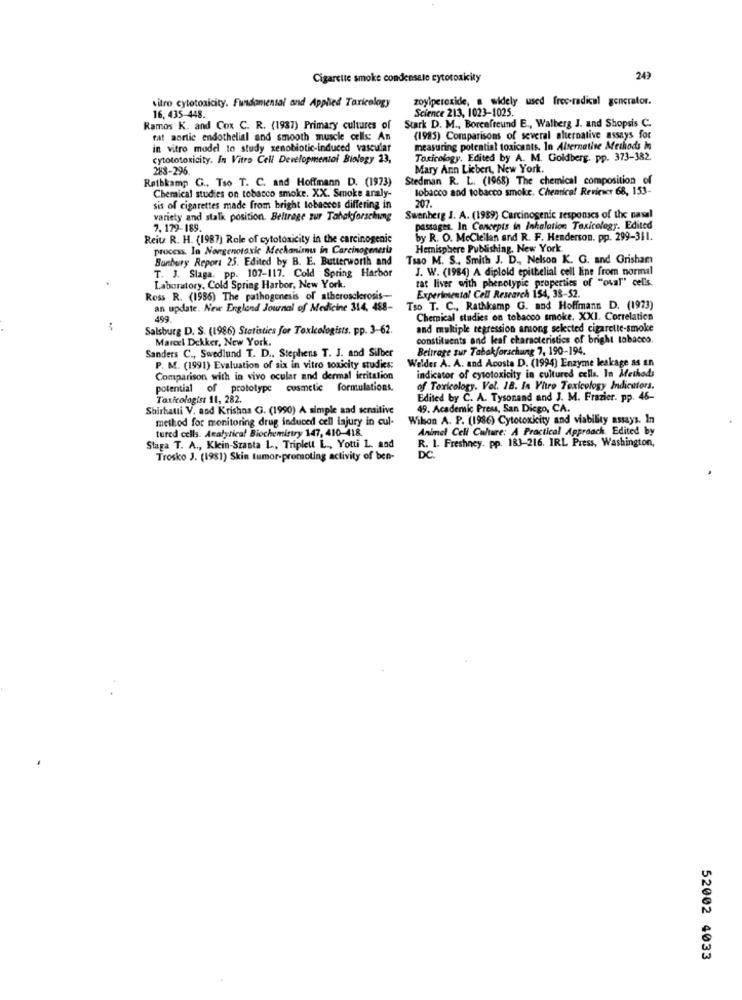
Cigarette smoke condensale cytotoxicity
249
sitro cytotoxicity. Fundamental and Applied Toxicology
zoylperoxide, a widely used frec-radical generator.
16, 435-448.
Science 213, 1023-1025.
Ramos K. and Cox C. R. (1937) Primary cultures of
Stark D. M ., Boreafreund E ., Walberg J. and Shopsis C.
rat aortic endothelial and smooth muscle cells: An
(1985) Comparisons of several alternative assays for
in vitro model to study xenobiotic-induced vascular
measuring potential toxicants. In Alternative Methods In
cytototoxicity. In Vitro Cell Developmental Biology 23,
Toxicology. Edited by A. M. Goldberg. pp. 373-382.
288-296
Mary Ann Licbert, New York.
Rathkamp G .. Tso T. C. and Hoffmann D. (1973)
Stedman R. L. (1968) The chemical composition of
Chemical studies on tobacco smoke. XX. Smoke araly-
tobacco and tobacco smoke. Chenrica! Reviews 68, 153-
sis of cigarettes made from bright lobacces differing in
207.
variety and stalk position. Beltrage zur Tahakforschung
Swenberg J. A. (1989) Carcinogenic responses of the nasal
7. 179-189.
passages. In Concepts in Inhalation Toxicology. Edited
Reitz R. H. (1987) Role of cytotoxicity in the carcinogenic
by R. O. Mcclellan and R. F. Henderson. pp. 299-311.
process. In Nongenotoxic Mechanismus in Carcinogenesta
Hemisphere Publishing, New York.
Banbury Report 25. Edited by B. E. Butterworth and
Tsao M. S .. Smith J. D ., Nelson K. G. and Grisham
J. W. (1984) A diplold epithelial cell line from normal
T. J. Slaga. pp. 107-117. Cold Spring Harbor
tat liver with phenotypic properties of "oval" cells.
Laboratory, Cold Spring Harbor, New York.
Experimental Cell Research 154, 38-52.
Ross R. (1986) The pathogenesis of atherosclerosis-
an update. New England Journal of Medicine 314, 488-
Tso T. C ., Rathkamp G. and Hoffmann D. (1973)
499.
Chemical studies on tobacco smoke. XXI. Correlatica
Salsburg D. S. (1986) Statistics for Toxicologists, pp. 3-62.
and multiple regression among selected cigarette-smoke
Marcel Dekker, New York.
constituents and leaf characteristics of bright tabacco.
Beltrage zur Tabakforschung 7, 190-194.
Sanders C ., Swedlund T. D ., Stephens T. J. and Silber
Welder A. A. and Acosta D. (1994) Enzyme leakage as an
P. M. (1991) Evaluation of six in vitro toxicity studies:
indicator of cytotoxicity in cultured cells. In Methods
Comparison with in vivo ocular and dermal leritation
potential of prototype cosmetic formulations.
of Toxicology. Vol. 18. In Vitro Toxicology Indicators.
Toxicologist 11, 282.
Edited by C. A. Tysonand and J. M. Frazier. pp. 46-
Shirbaui V. and Krishna G. (1990) A simple sad sensitive
49. Academic Press, San Diego, CA.
method for monitoring drug induced cell lajury in cul-
Wikon A. P. (1986) Cytotoxicity and viability assays. In
tured cells. Analytical Biochemistry 147, 410-418.
Animal Cell Culture: A Practical Approach. Edited by
Staga T. A ., Klein-Szanta L ., Triplelt L ., Yotti L. and
R. I. Freshney. pp. 183-216. IRL Press, Washington,
DC
Trosko J. (1981) Skin tumor-promoting activity of ben-
52002 4033